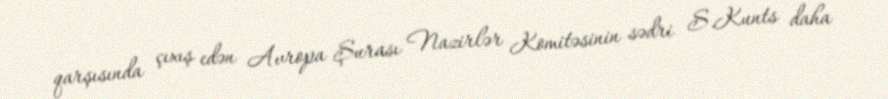
qarşısında çıxış edən Avropa Şurası Nazirlər Komitəsinin sədri S.Kunts daha